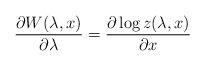
LaTeX: \begin{align*}\frac{\partial W(\lambda,x)}{\partial \lambda} =\frac{\partial \log z(\lambda,x)}{\partial x}\end{align*}